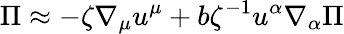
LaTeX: \Pi\approx-\zeta\nabla_{\mu}u^{\mu}+b\zeta^{-1}u^{\alpha}\nabla_{\alpha}\Pi